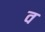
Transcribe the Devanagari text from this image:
व